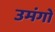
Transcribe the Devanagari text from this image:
उमंगो